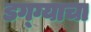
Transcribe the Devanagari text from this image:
डग्ग्याचा